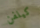
كيلفن